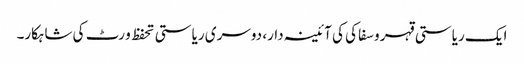
ایک ریاستی قہر و سفاکی کی آئینہ دار، دوسری ریاستی تحفظ و رٹ کی شاہکار۔